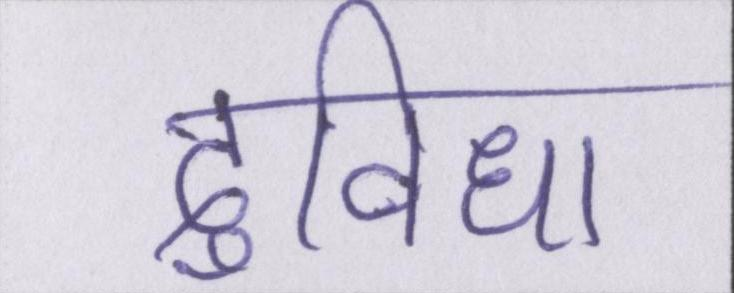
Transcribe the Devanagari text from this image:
दुविधा